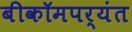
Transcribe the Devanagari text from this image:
बीकॉमपर्यंत